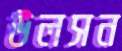
উলসন